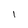
Character: l